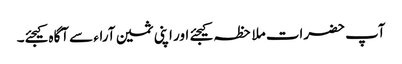
آپ حضرات ملاحظہ کیجئے اور اپنی ثمین آراء سے آگاہ کیجئے۔